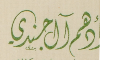
أدهم آل جندي